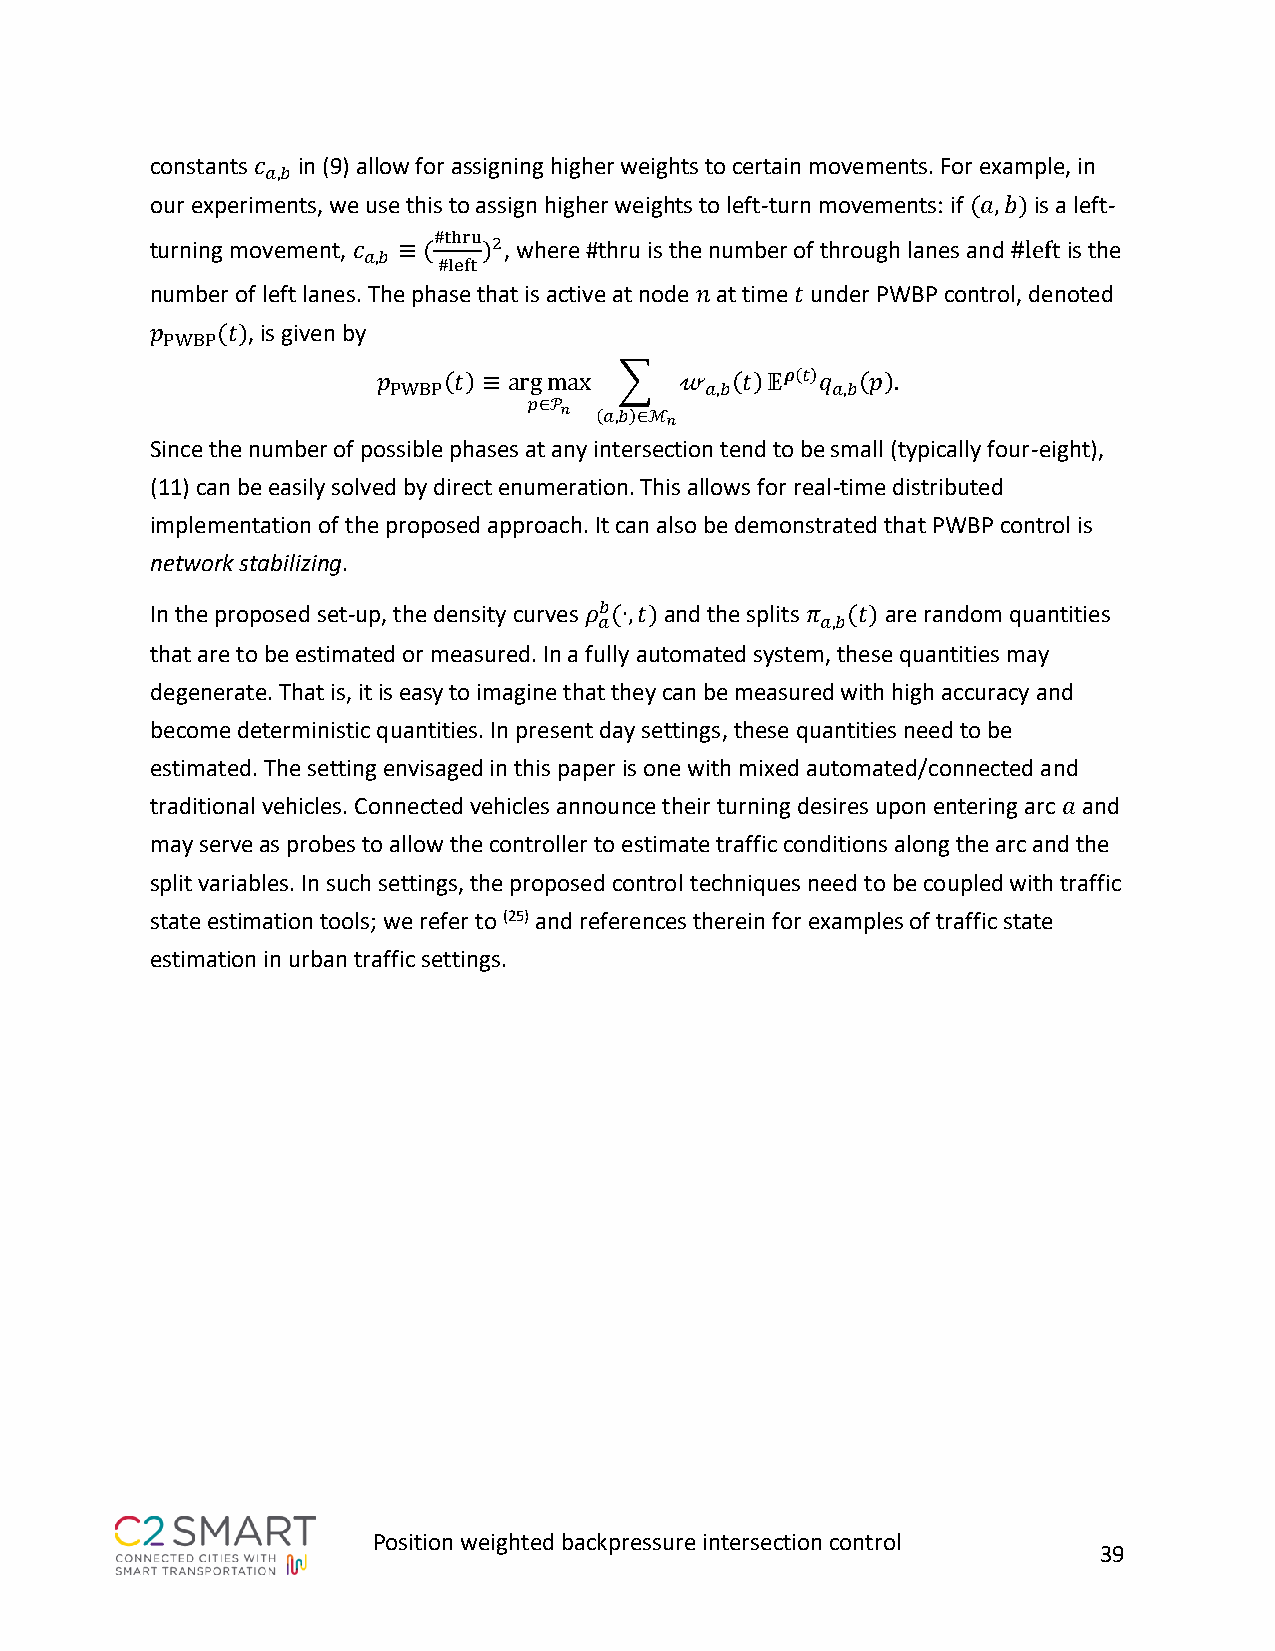
constants 𝑐 in (9) allow for assigning higher weights to certain movements. For example, in
 𝑎,𝑏
 our experiments, we use this to assign higher weights to left-turn movements: if (𝑎,𝑏) is a left-
 turning movement, 𝑐 ≡ (#thru )2, where #thru is the number of through lanes and #left is the
 𝑎,𝑏
 #left
 number of left lanes. The phase that is active at node 𝑛 at time 𝑡 under PWBP control, denoted
 𝑝   (𝑡), is given by
 PWBP
 𝑝   (𝑡) ≡ argmax ∑  𝓌  (𝑡)𝔼𝝆(𝑡)𝑞 (𝑝).
 PWBP                 𝑎,𝑏     𝑎,𝑏
 𝑝∈𝒫𝑛
 (𝑎,𝑏)∈ℳ𝑛
 Since the number of possible phases at any intersection tend to be small (typically four-eight),
 (11) can be easily solved by direct enumeration. This allows for real-time distributed
 implementation of the proposed approach. It can also be demonstrated that PWBP control is
 network stabilizing.
 In the proposed set-up, the density curves 𝜌𝑏(∙,𝑡) and the splits 𝜋 (𝑡) are random quantities
 𝑎             𝑎,𝑏
 that are to be estimated or measured. In a fully automated system, these quantities may
 degenerate. That is, it is easy to imagine that they can be measured with high accuracy and
 become deterministic quantities. In present day settings, these quantities need to be
 estimated. The setting envisaged in this paper is one with mixed automated/connected and
 traditional vehicles. Connected vehicles announce their turning desires upon entering arc 𝑎 and
 may serve as probes to allow the controller to estimate traffic conditions along the arc and the
 split variables. In such settings, the proposed control techniques need to be coupled with traffic
 state estimation tools; we refer to (25) and references therein for examples of traffic state
 estimation in urban traffic settings.
 Position weighted backpressure intersection control
 39